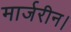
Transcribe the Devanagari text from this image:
मार्जरीन।